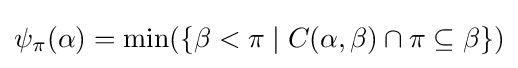
\psi _{\pi }(\alpha )=\min(\{\beta <\pi \mid C(\alpha ,\beta )\cap \pi \subseteq \beta \})